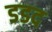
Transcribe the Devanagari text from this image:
डडद